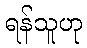
ရန်သူဟု